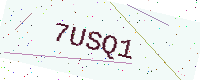
Text: 7USQ1